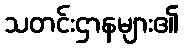
သတင်းဌာနများ၏